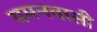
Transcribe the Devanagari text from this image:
यमनवासी